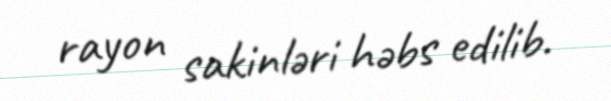
rayon sakinləri həbs edilib.